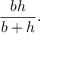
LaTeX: { \frac { b h } { b + h } } .